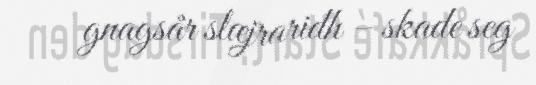
gnagsår slæjraridh – skade seg